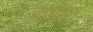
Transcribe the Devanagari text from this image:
हार्पेडन